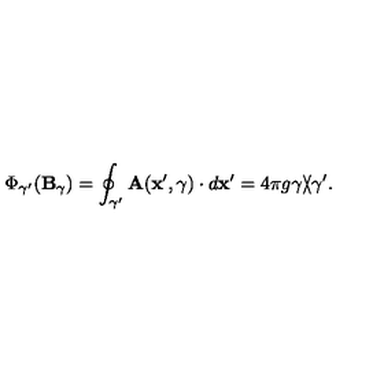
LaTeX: \Phi _ { \gamma ^ { \prime } } ( { \bf B } _ { \gamma } ) = \oint _ { \gamma ^ { \prime } } { \bf A } ( { \bf x } ^ { \prime } , \gamma ) \cdot d { \bf x } ^ { \prime } = 4 \pi g \gamma \backslash \! \! \! \slash \gamma ^ { \prime } .